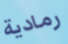
رمادية